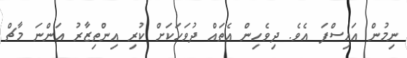
ނިމުން އައިސްފަ އެވެ. ދިވެހިން އެތައް ދުވަހަކަށް ކުރި އިންތިޒާރު އަންނަ މާޗް